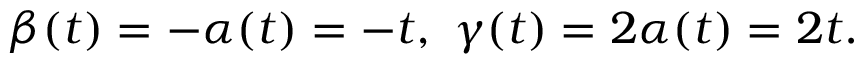
\beta ( t ) = - \alpha ( t ) = - t , \ \gamma ( t ) = 2 \alpha ( t ) = 2 t .